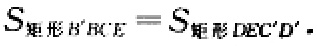
$S_{矩形B'FCE}=S_{矩形DEC'D'}.$